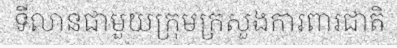
ទីលានជាមួយក្រុមក្រសួងការពារជាតិ